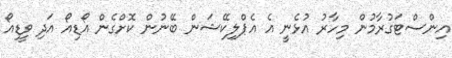
އިންސްޓަގުރާމުން މިހާރު އުޅެނީ އެ އެޕްލިކޭޝަން ބޭނުން ކޮށްގެން އޯޑިއޯ އަދި ވީޑިއޯ